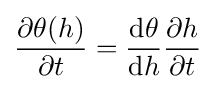
{\frac {\partial \theta (h)}{\partial t}}={\frac {{\textrm {d}}\theta }{{\textrm {d}}h}}{\frac {\partial h}{\partial t}}